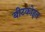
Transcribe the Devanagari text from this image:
बीटकोइन